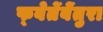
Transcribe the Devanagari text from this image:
फ्वेर्तेबेंतुरा